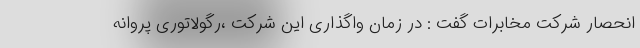
انحصار شرکت مخابرات گفت : در زمان واگذاری این شرکت ،رگولاتوری پروانه